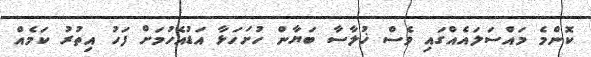
ކޮންމެ މައްސަލައެއްގައި ވެސް ޚުލާސާ ބަޔާން ހުށަހަޅާ އަޑުއެހުމަށް ފަހު އިތުރު ކަމެއް